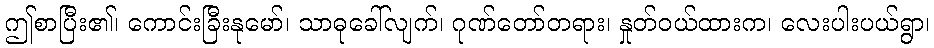
ဤစာပြီး၏၊ ကောင်းခြီးနုမော်၊ သာဓုခေါ်လျက်၊ ဂုဏ်တော်တရား၊ နှုတ်ဝယ်ထားက၊ လေးပါးပယ်ရွာ၊